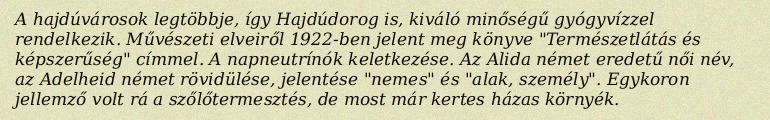
A hajdúvárosok legtöbbje, így Hajdúdorog is, kiváló minőségű gyógyvízzel rendelkezik. Művészeti elveiről 1922-ben jelent meg könyve "Természetlátás és képszerűség" címmel. A napneutrínók keletkezése. Az Alida német eredetű női név, az Adelheid német rövidülése, jelentése "nemes" és "alak, személy". Egykoron jellemző volt rá a szőlőtermesztés, de most már kertes házas környék.